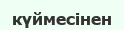
күймесінен